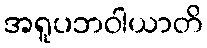
အရူပဘဝါယာတိ